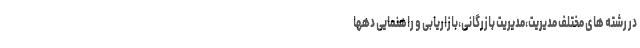
در رشته های مختلف مدیریت،مدیریت بازرگانی،بازاریابی و راهنمایی دهها